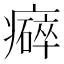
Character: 𤻒